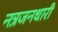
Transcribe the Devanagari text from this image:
नत्रजनधारी